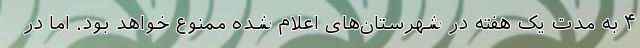
۴ به مدت یک هفته در شهرستان‌های اعلام شده ممنوع خواهد بود. اما در